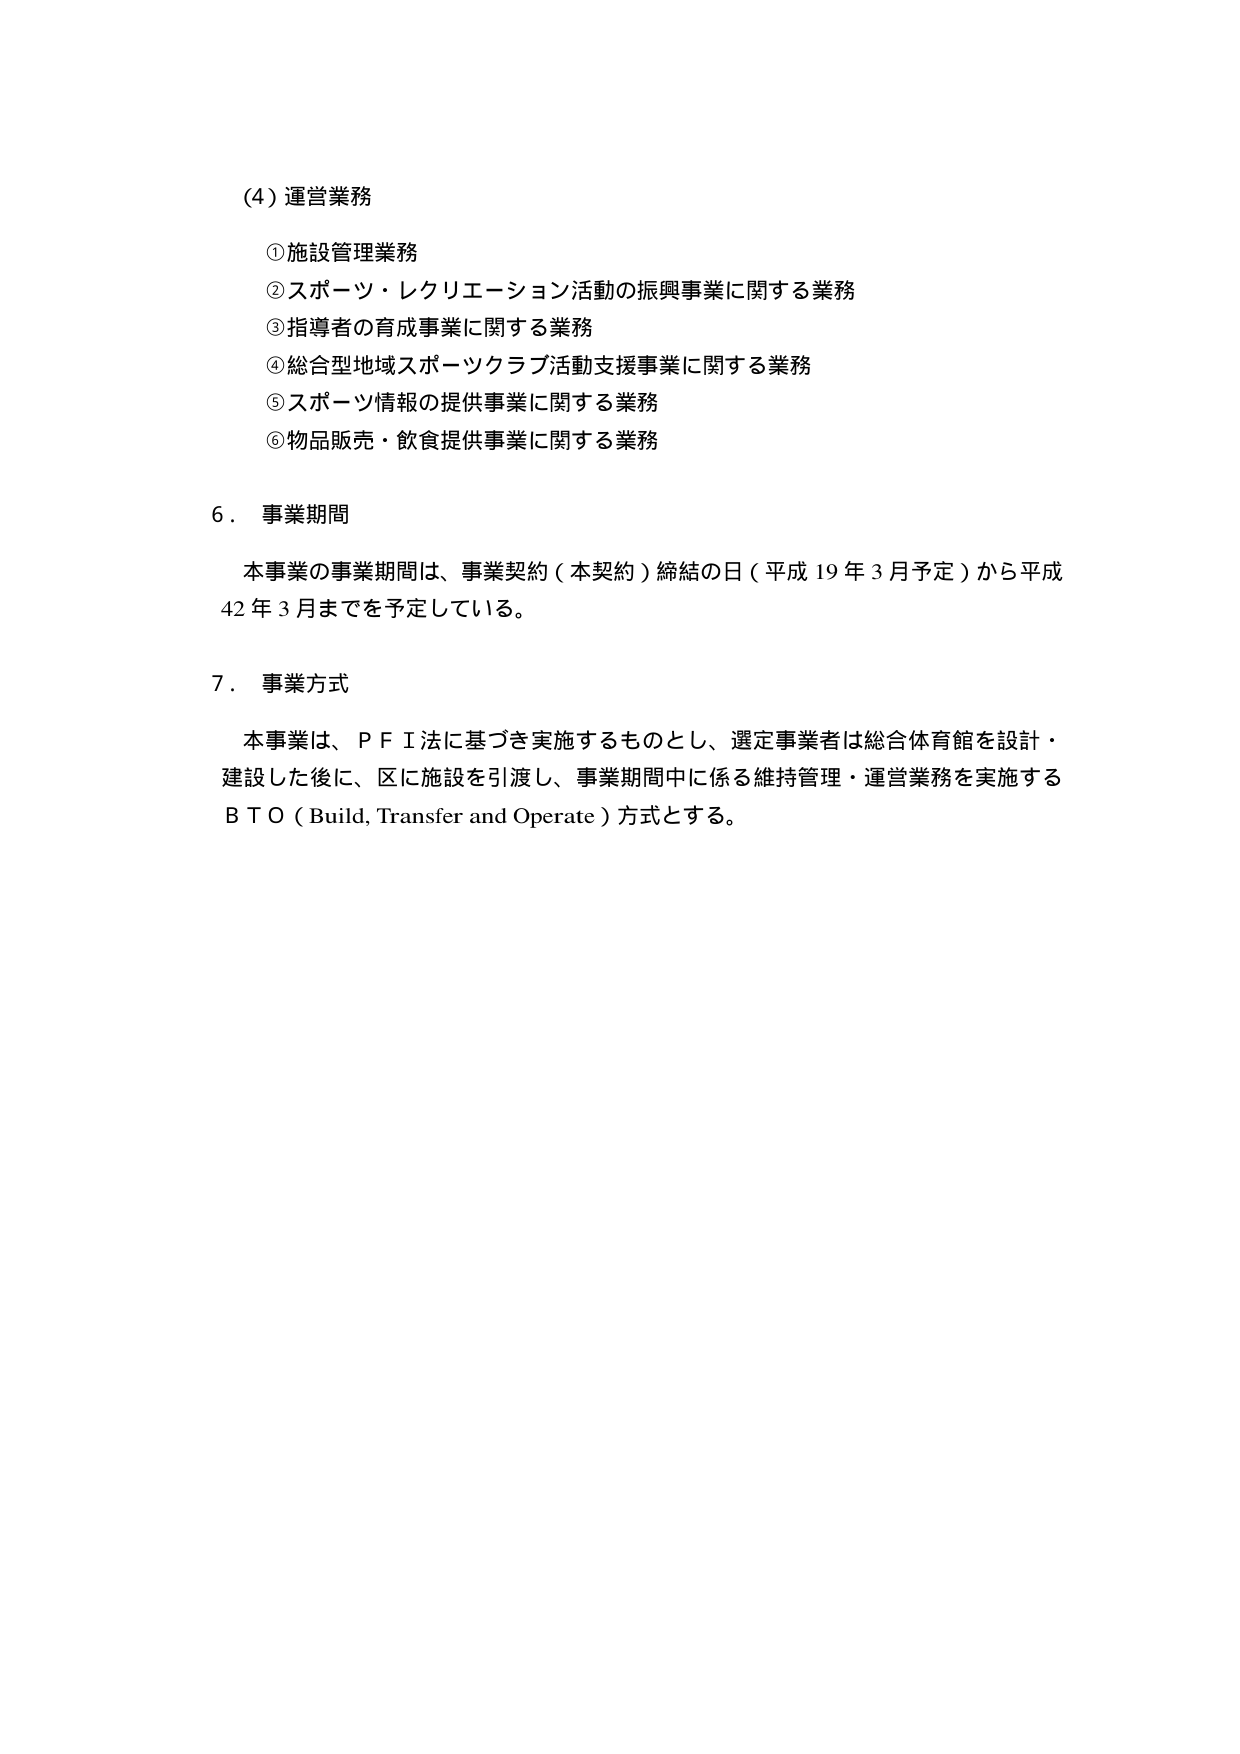
(4) 運営業務
① 施設管理業務
② スポーツ・レクリエーション活動の振興事業に関する業務
③ 指導者の育成事業に関する業務
④ 総合型地域スポーツクラブ活動支援事業に関する業務
⑤ スポーツ情報の提供事業に関する業務
⑥ 物品販売・飲食提供事業に関する業務

6. 事業期間
本事業の事業期間は、事業契約（本契約）締結の日（平成19年3月予定）から平成42年3月までを予定している。

7. 事業方式
本事業は、ＰＦＩ法に基づき実施するものとし、選定事業者は総合体育館を設計・建設した後に、区に施設を引渡し、事業期間中に係る維持管理・運営業務を実施するＢＴＯ（Build, Transfer and Operate）方式とする。